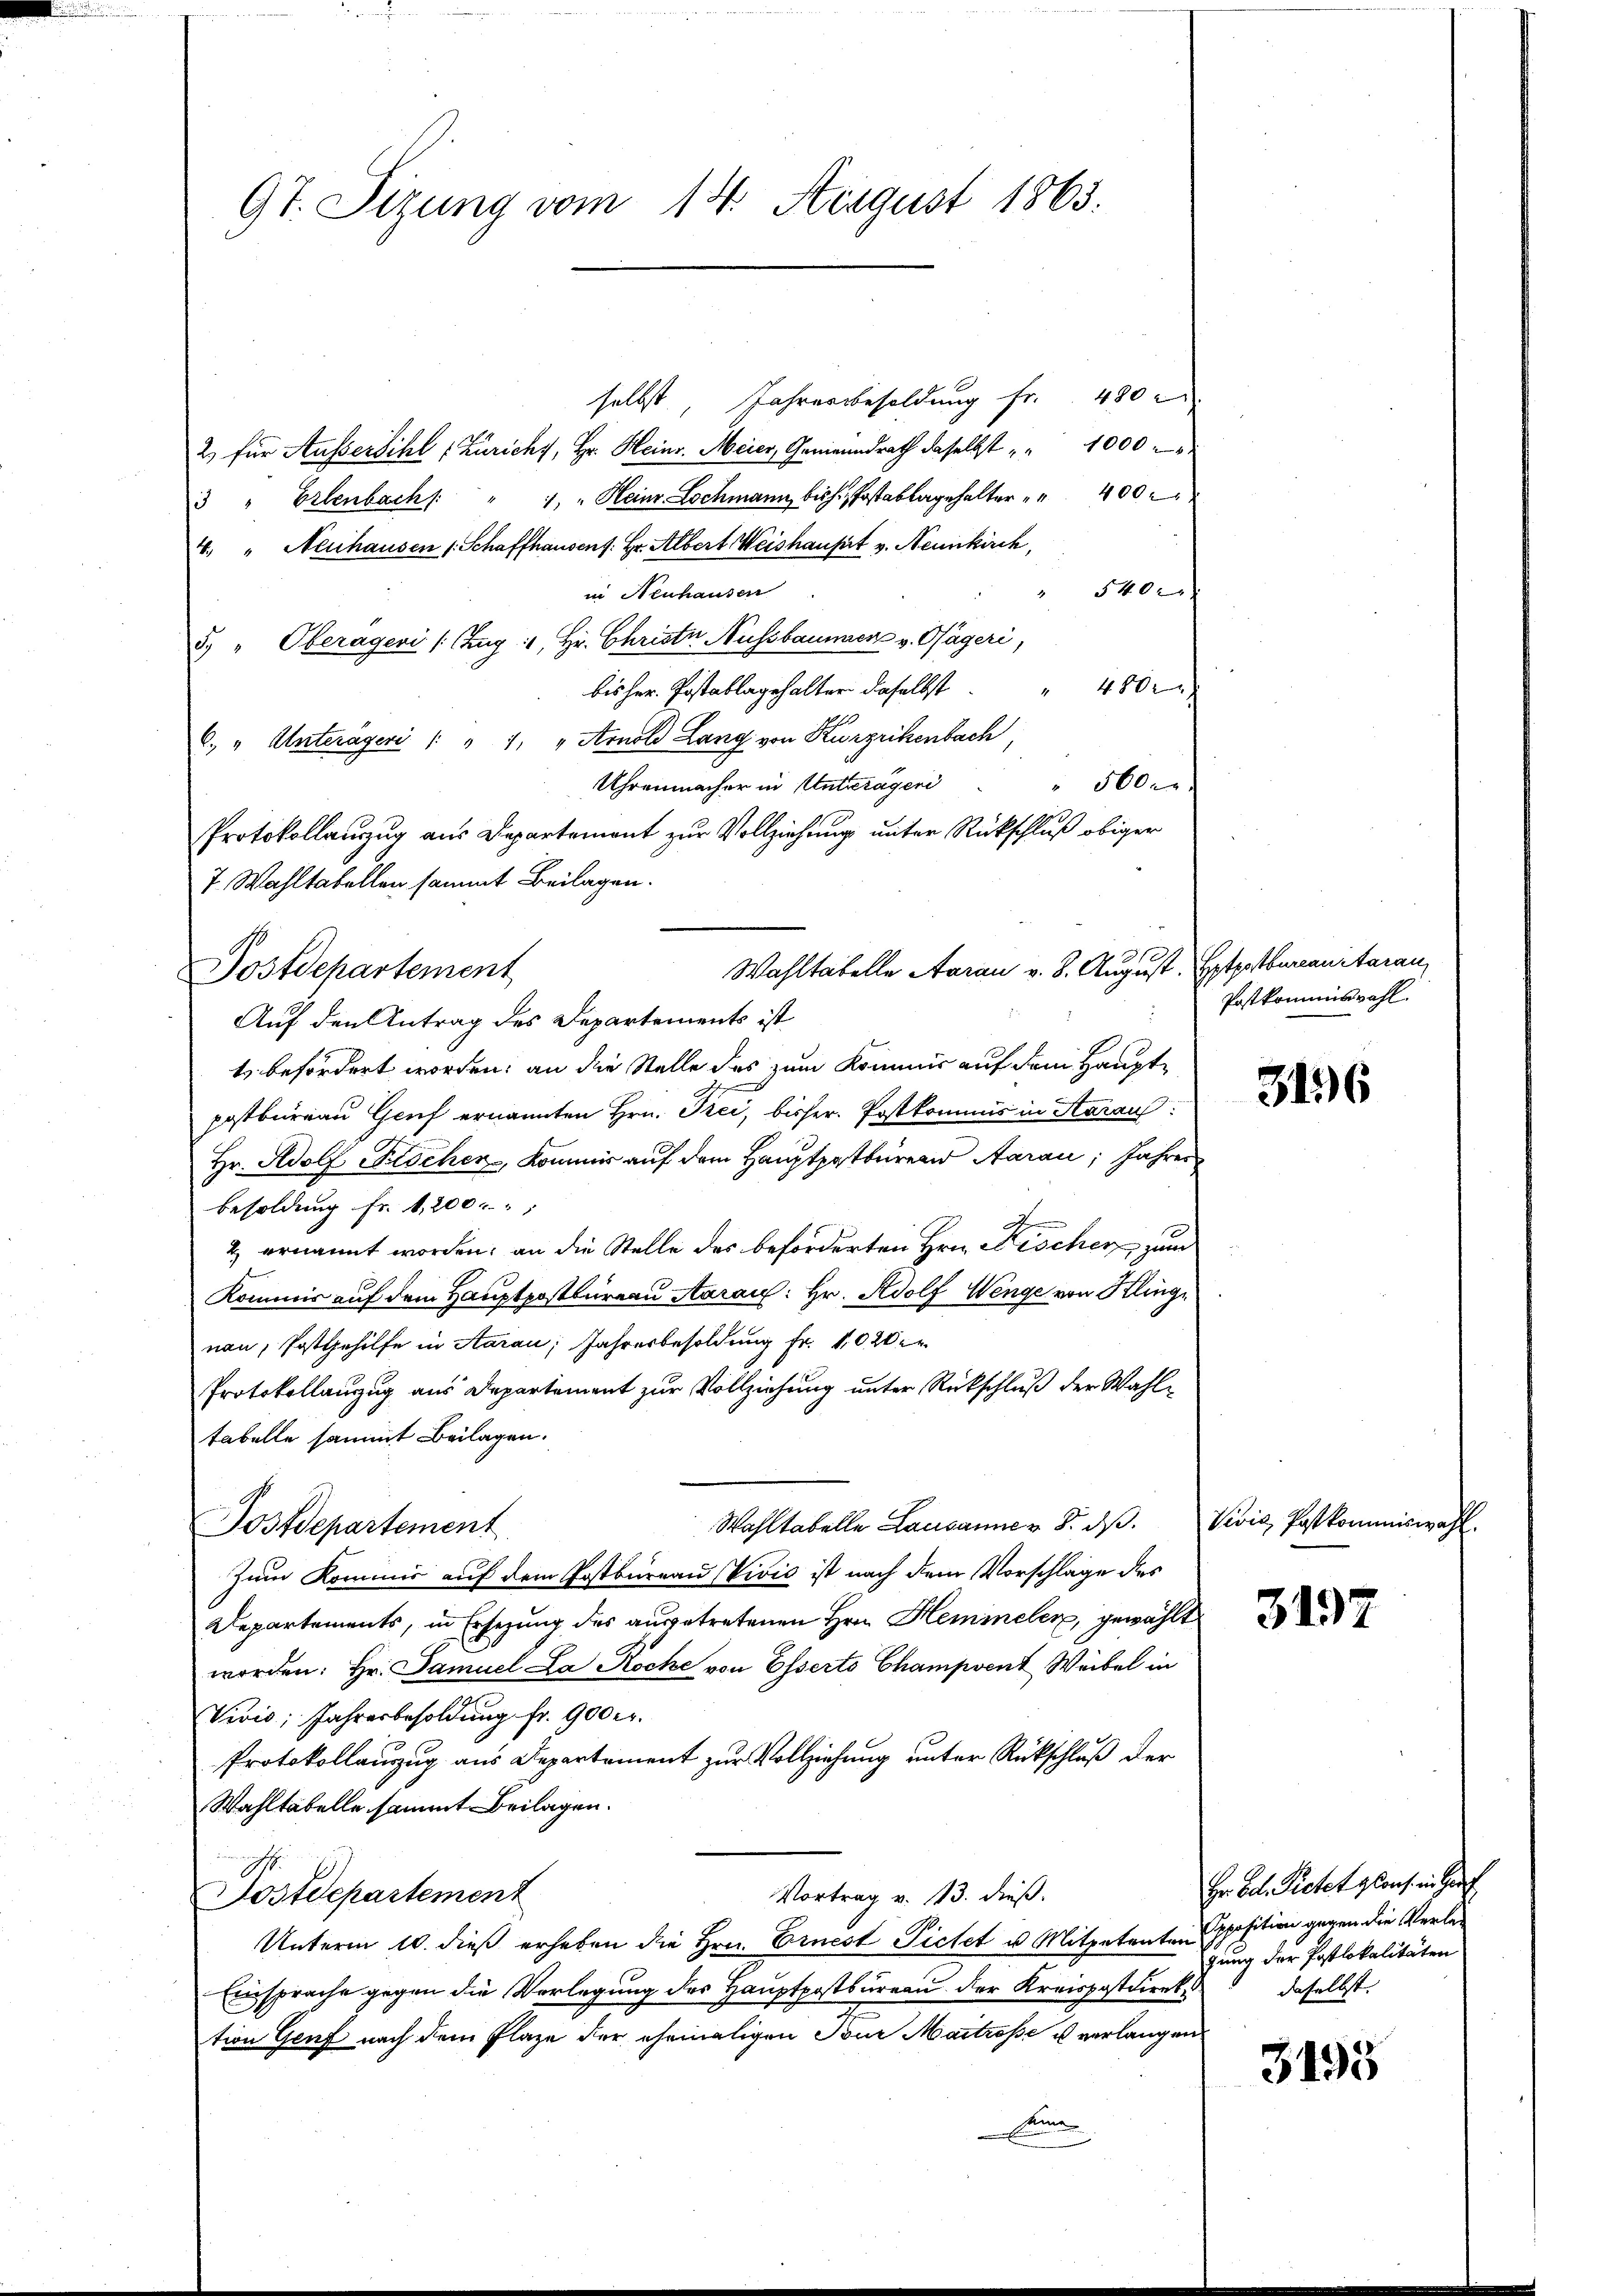
9t. Sizung vom 14. August 1863.

selbst, Jahresbesoldung fr. 480
2) für Aussersihl (Zürichy, Hr. Heinr. Meier, Gemeindrath daselbst " " 1000
3 " Erlenbach " " " Heinr-Lochmann bisher Postablagehalter " " 400.
4. " Neuhausen (Schaffhausens. Hr. Albert Weishaust v. Neunkirch,
" 5400
in Neuhausen
5. " Oberageni (Zug: Hr. Christi Aussbaumer v. Sägeri,
bisher Postablagehalter daselbst 480.
6. " Unterageri /: " 1. " Arnold Lang von Kurzrikenbach,
Uhrenmacher in Unterägeri
" 5600
Protokollauszug aus Departement zur Vollziehung unter Rückschluß obiger
7. Wahltabellen sammt Beilagen.
Wahltabelle Aarau v. 8. August. Etpotbureau, Aarau
Postdepartement
Auf den Antrag des Departements ist
t befördert worden; an die Stelle des zum Kommis auf dem Hauptpostbureau Genf ernannten Hrn. Frei, bisher. Postkommis in Starau
Hr. Adolf Flöcher, Kommis auf dem Hauptpostbüren Aarau, Jahres
Besoldung fr. 1200
2) ernannt worden; an die Stelle des beförderten Hrn. Fröcher zum
Kommis auf dem Hauptpostbureau Staraus: Hr. Adolf Wenge von Klingi
nau, Postgehilfe in Aarau, Jahresbesoldung fr. 1020 er
Protokollanzug aus Departement zur Vollziehung unter Rückschluß der Wahltabelle sammt Beilagen.
Wahltabelle Lausanner 8. ds.
Postdepartement
Zum Kommis auf dem Postbureau (Vivić ist nach dem Vorschlage des
Departements, in Ersezung des ausgetretenen Hrn. Hemmeler, gewählt
worden: Hr. Samuel La Rocke von Esserto Champvent Weibel in
Vivis; Jahresbesoldung fr. 900 er.
Protokollanzug aus Departement zur Vollziehung unter Rückschluß der
Wahltabelle sammt Beilagen.
Vortrag v. 13. dieß.
Postdepartement
Unterm 10. dieß erheben die Hrn. Ernest Pietet u. Mitpetenten Opposition gegen die Verle
Einsprache gegen die Verlegung des Hauptpostbureau der Kreispostdirek
tion Genf nach dem Plaze der ehemaligen Nur Maitrosse ist verlangen
Aene

Postkommiswahl.

316

Vivić, Postkommiswahl.

3197

Hr. Bd. Pietet glauf in Her
gung der Postlokalitäten
daselbst.

3193